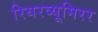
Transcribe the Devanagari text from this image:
रियरव्यूमिरर